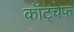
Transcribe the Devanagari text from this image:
कॉट्चेफ